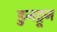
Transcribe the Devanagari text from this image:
डुनट्रून